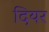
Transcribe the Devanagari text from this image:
दियर